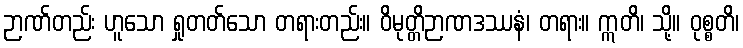
ဉာဏ်တည်း ဟူသော ရှုတတ်သော တရားတည်း။ ဝိမုတ္တိဉာဏဒဿနံ၊ တရား။ ဣတိ၊ သို့။ ဝုစ္စတိ၊